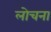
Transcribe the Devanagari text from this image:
लोचना